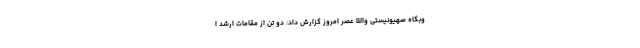
وبگاه صهیونیستی واللا عصر امروز گزارش داد: دو تن از مقامات ارشد ا